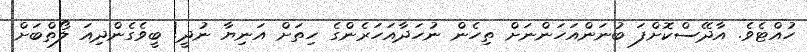
ހުއްޓެވެ. އާދޭސްކޮށްފަ ބުނަންއަހަންނަށް ތިހެން ނުހަދާއަހަރެންގެެ ހިތަށް އަނިޔާ ނުދީ! ބީވެގެންދިއަ ލޯތްބަށް